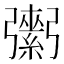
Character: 𢐾